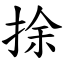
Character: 捈